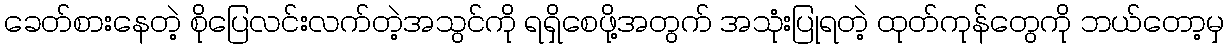
ခေတ်စားနေတဲ့ စိုပြေလင်းလက်တဲ့အသွင်ကို ရရှိစေဖို့အတွက် အသုံးပြုရတဲ့ ထုတ်ကုန်တွေကို ဘယ်တော့မှ